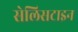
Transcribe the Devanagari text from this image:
सेलिसटाइन